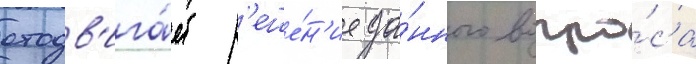
отодв'ига́ет р'еше́н'ие да́нного вопро́са